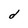
Character: d